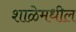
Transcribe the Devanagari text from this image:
शाळेमधील